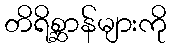
တိရိစ္ဆာန်များကို